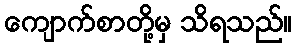
ကျောက်စာတို့မှ သိရသည်။